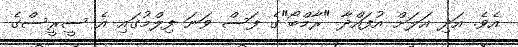
އެވެ. އަދި އަލަށް އުފައްދާ "ރާމްބޯ"ގެ ފަސް ވަނަ ފިލްމުގައި އެ ސީރީސްގެ